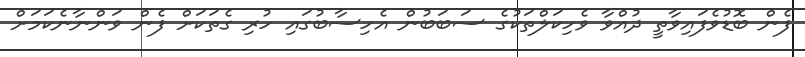
ފެން ބޮޑުވެފައިވާތީ ދުއްވާ ވެހިކަލްތަކުގެ ސަބަބުން އެހިސާބުގައި ހުރި ގެތަކަށް ފެން ވަންނާނެކަމަށް